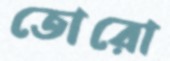
তোরো